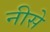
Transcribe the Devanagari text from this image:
नीसे